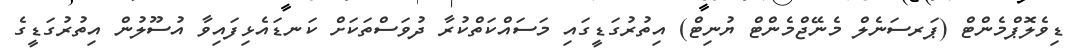
ޑިވެލޮޕްމެންޓް (ޕަރސަނެލް މެނޭޖްމެންޓް ޔުނިޓް) އިތުރުގަޑީގައި މަސައްކަތްކުރާ ދުވަސްތަކަށް ކަނޑައެޅިފައިވާ އުސޫލުން އިތުރުގަޑީގެ